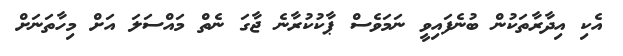
އެކި އިދާރާތަކުން ބުނެފައިވީ ނަމަވެސް ޕާކުކުރާނެ ޖާގަ ނެތް މައްސަލަ އަށް މިހާތަނަށް